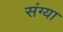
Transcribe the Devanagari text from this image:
संग्या